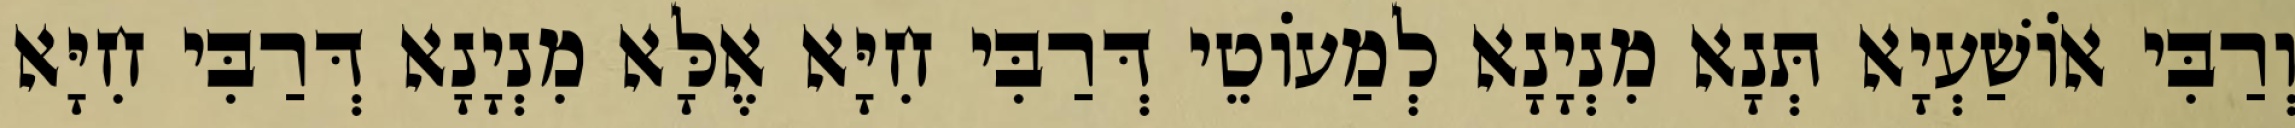
וְרַבִּי אוֹשַׁעְיָא תְּנָא מִנְיָנָא לְמַעוֹטֵי דְּרַבִּי חִיָּא אֶלָּא מִנְיָנָא דְּרַבִּי חִיָּא